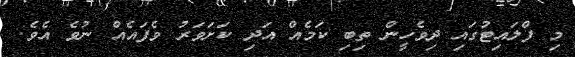
މި ފްލައިޓުގައި ދިވެހީން ތިބި ކަމެއް އަދި ކަށަވަރު ވެފައެއް ނުވެ އެވެ.